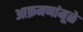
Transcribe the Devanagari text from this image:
आक्रमणांमूळे